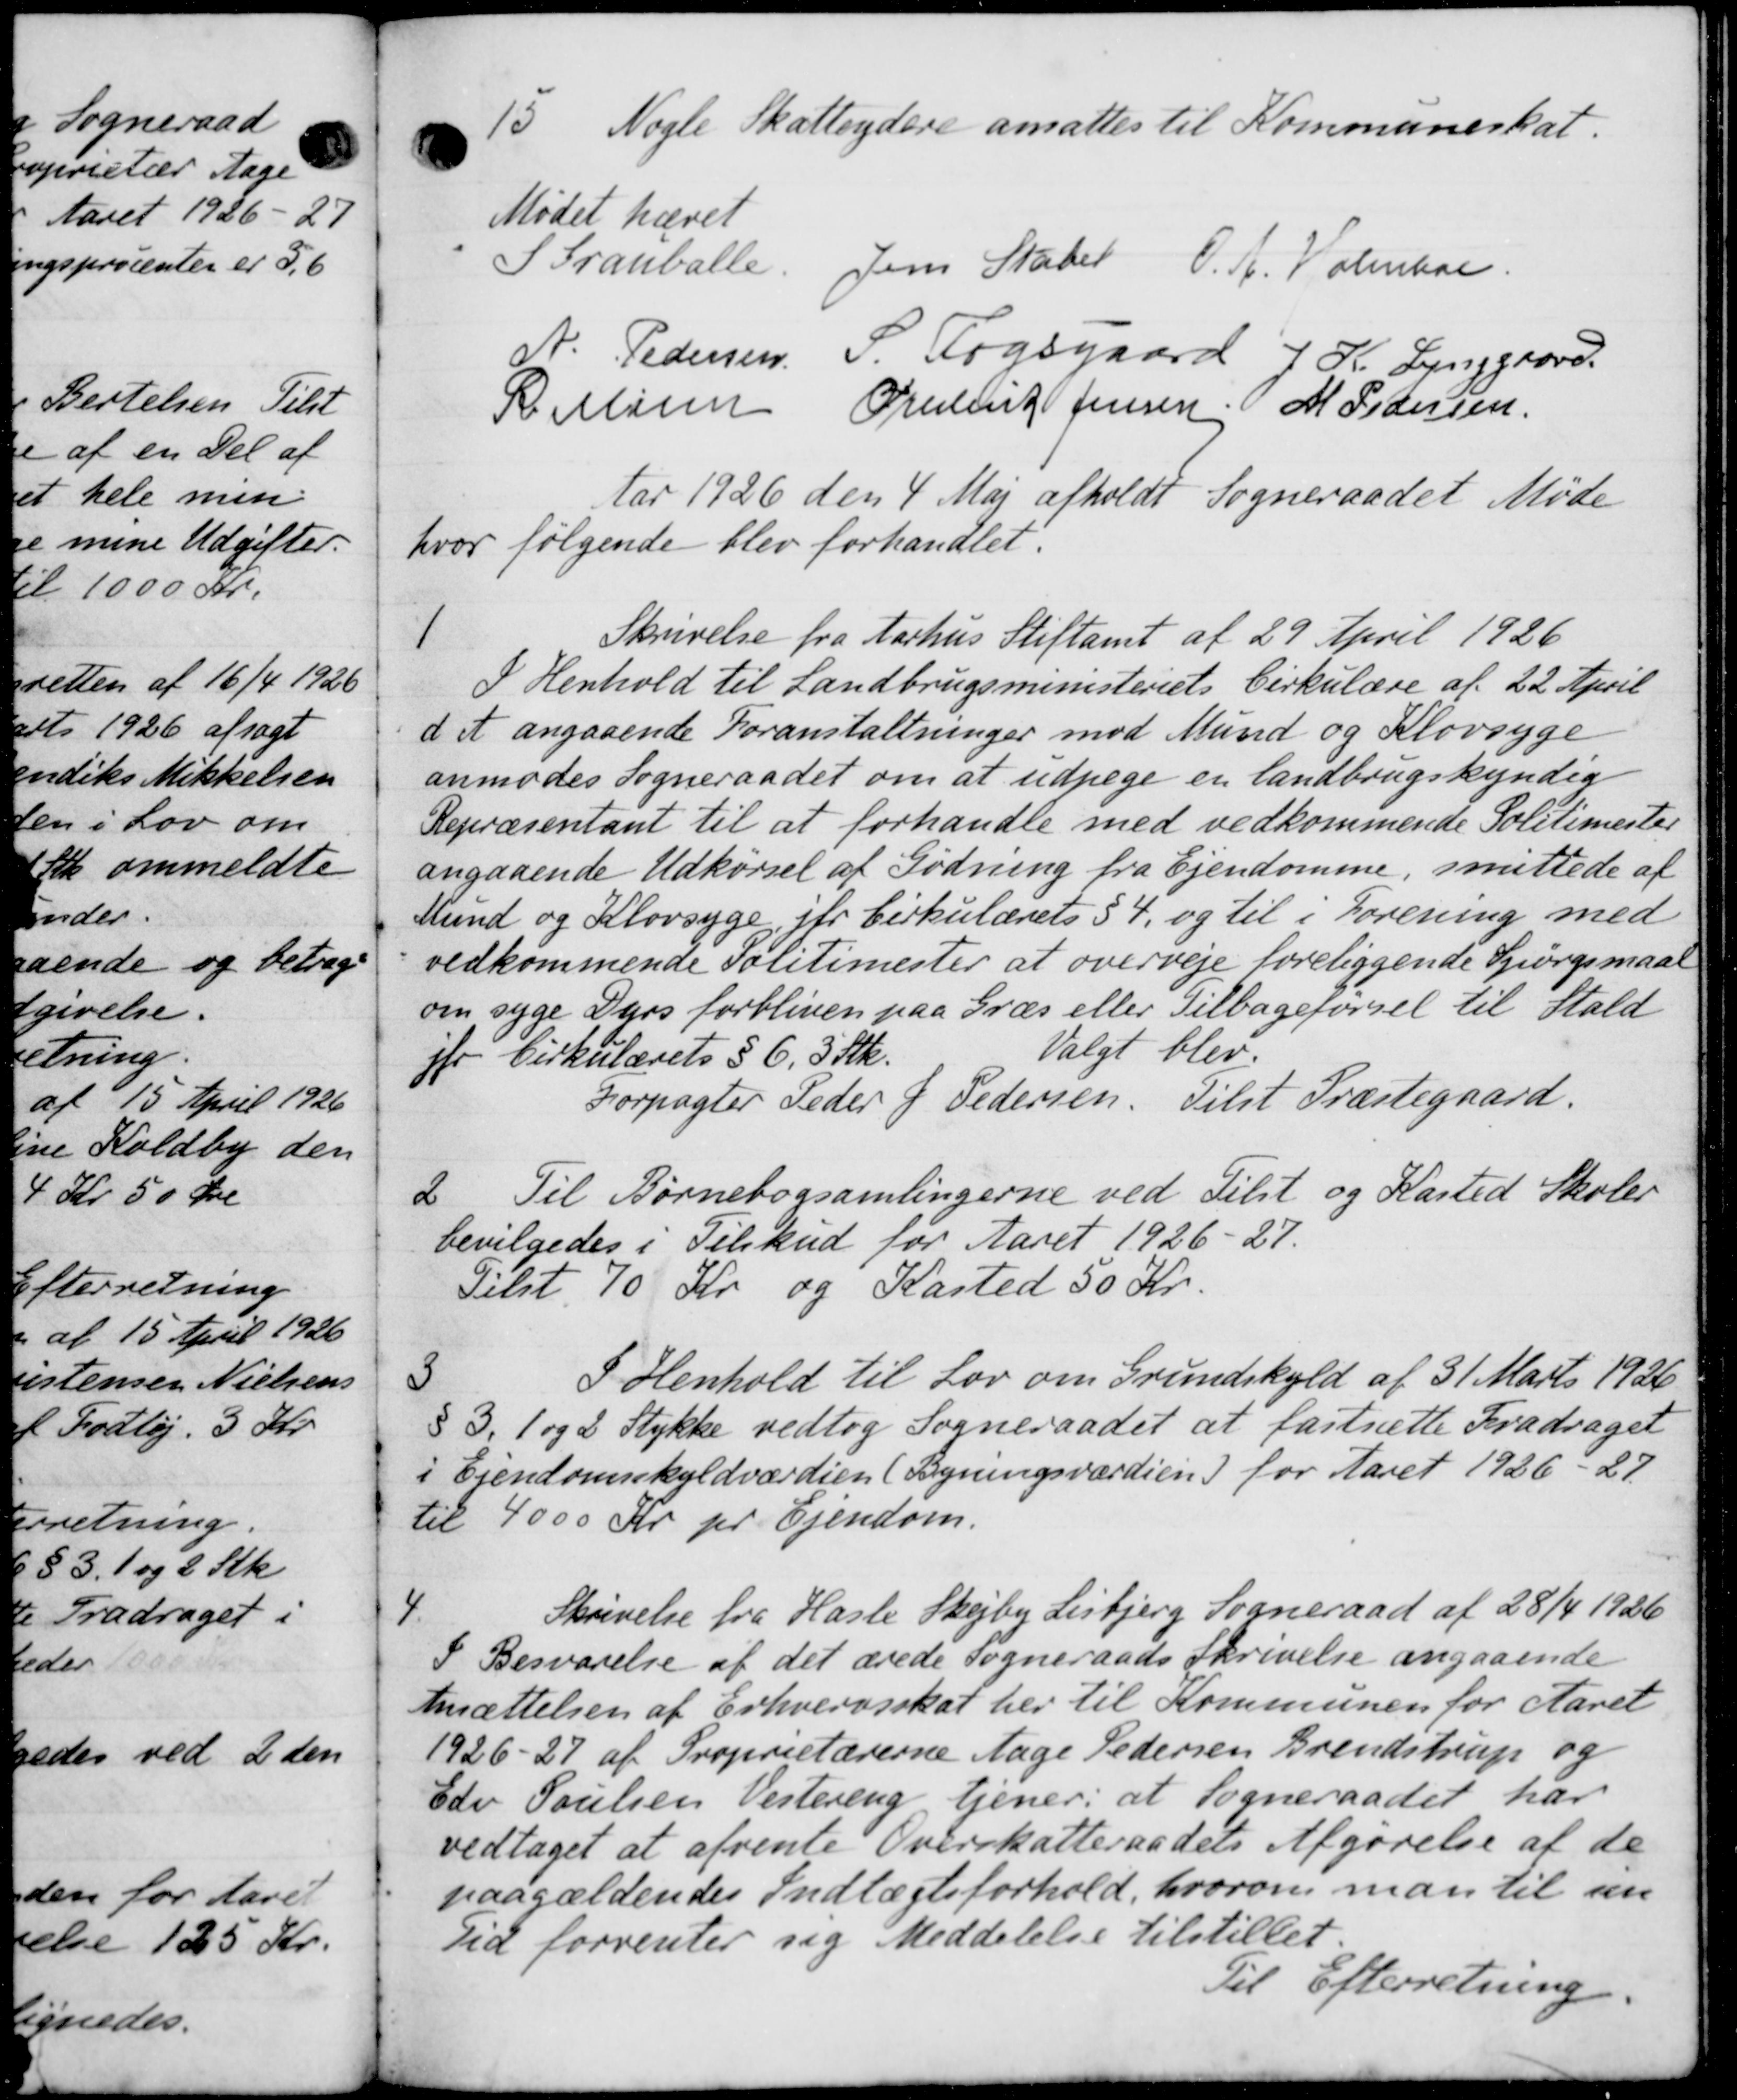
Transskription:
15.
Nogle Skatteydere ansattes til Kommuneskat.
Mødet hævet
S Tranballe
Jens Skaber O. A. Volmboe
A. Pedersen
P. Fogsgaard J. K. Lynggaard.
Prestent Jensen M Pedersen
R. Murer
Aar 1926 den 4 Maj afholdt Sogneraadet Møde
hvor følgende blev forhandlet.
1
Skrivelse fra Aarhus Stiftamt af 29 April 1926
I Henhold til Landbrugsministeriets Cirkulære af 22 April
d et angaaende Foranstaltninger mod Mund og Klovsyge
anmodes Sogneraadet om at udpege en landbrugskyndig
Repræsentant til at forhandle med vedkommende Politimester
angaaende Udkørsel af Gødning fra Ejendomme, smittede af
Mund og Klovsyge, for Cirkulærets § 4, og til i Forening med
vedkommende Politimester at overveje foreliggende Spørgsmaal
om syge Dyrs forbliven paa Græs eller Tilbageførsel til Stald
ifr Cirkulærets § 6. 3 Stk.
Valgt blev
Forpagter Peder J Pedersen. Tilst Præstegaard.
2. Til Børnebogsamlingerne ved Tilst og Kasted Skoler
bevilgedes i Tilskud for Aaret 1926-27.
Tilst 70 Kr og Kasted 50 Kr.
3
I Henhold til Lov om Grundskyld af 31 Marts 1926
§ 3. 1 og 2 Stykke vedtog Sogneraadet at fastsætte Fradraget
i Ejendomsskyldværdien (Byningsværdien) for Aaret 1926 - 27
til 4000 Kr. pr. Ejendom.
4
Skrivelse fra Hasle Skejby Lisbjerg Sogneraad af 28/4 1926
I Besvarelse af det ærede sogneraads Skrivelse angaaende
Ansættelsen af Erhvervsskat her til Kommunen for Aaret
1926-27 af Proprietærerne Aage Pedersen Brendstrup og
Edv Poulsen Vestering tjener: at Sogneraadet har
vedtaget at afvente Overskatteraadets Afgørelse af de
paagældendes Indtægtsforhold, hvorom man til sen
Tid forrenter sig Meddelelse tilstillet.
Til Efterretning